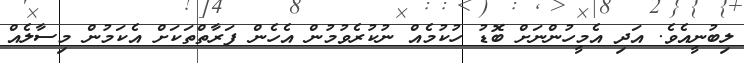
ލިބުނީއެވެ. އަދި އެމީހުންނަށް ބޮޑު ހުކުމެއް ނުކުރެވުމުން އެހެން ފަރާތްތަކަށް އެކަމުން މިސާލެއް